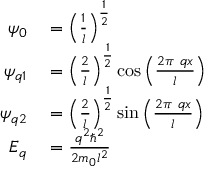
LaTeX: \begin{array} { r l } { \psi _ { 0 } } & { { } = \left( { \frac { 1 } { l } } \right) ^ { \frac { 1 } { 2 } } } \\ { \psi _ { q 1 } } & { { } = \left( { \frac { 2 } { l } } \right) ^ { \frac { 1 } { 2 } } \cos { \left( { \frac { 2 \pi \ q x } { l } } \right) } } \\ { \psi _ { q 2 } } & { { } = \left( { \frac { 2 } { l } } \right) ^ { \frac { 1 } { 2 } } \sin { \left( { \frac { 2 \pi \ q x } { l } } \right) } } \\ { E _ { q } } & { { } = { \frac { q ^ { 2 } \hbar ^ { 2 } } { 2 m _ { 0 } l ^ { 2 } } } } \end{array}